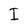
Character: I